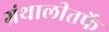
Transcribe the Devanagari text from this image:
ग्रंथालीतर्फे